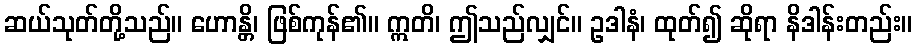
ဆယ်သုတ်တို့သည်။ ဟောန္တိ၊ ဖြစ်ကုန်၏။ ဣတိ၊ ဤသည်လျှင်။ ဥဒါနံ၊ ထုတ်၍ ဆိုရာ နိဒါန်းတည်း။